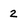
Character: 2